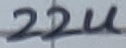
Text: 22u